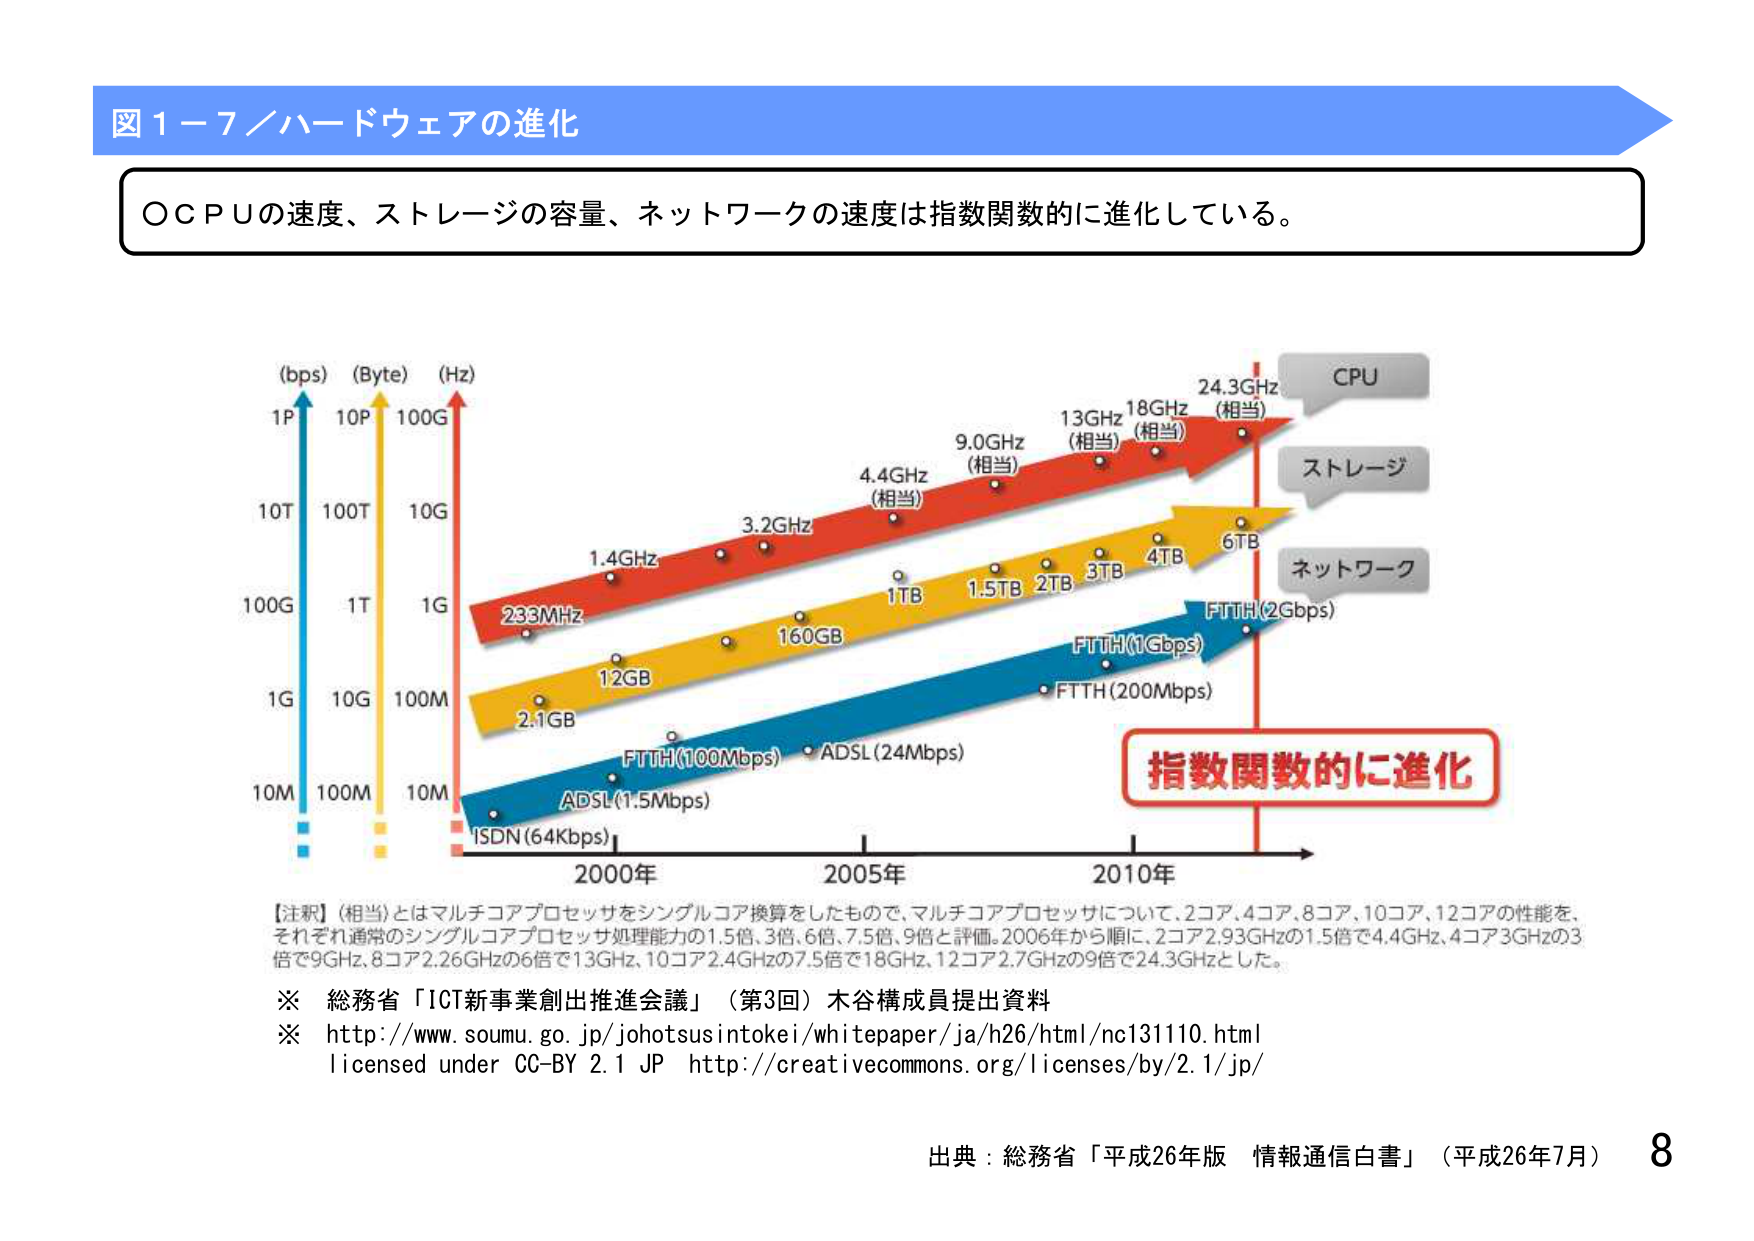
図１－７／ハードウェアの進化

○ＣＰＵの速度、ストレージの容量、ネットワークの速度は指数関数的に進化している。

(bps) (Byte) (Hz)
1P 10P 100G
10T 100T 10G
100G 1T 1G
1G 10G 100M
10M 100M 10M

233MHz
1.4GHz
3.2GHz
4.4GHz (相当)
9.0GHz (相当)
13GHz (相当)
18GHz (相当)
24.3GHz (相当)

2.1GB
12GB
160GB
1TB
1.5TB
2TB
3TB
4TB
6TB

ISDN (64Kbps)
ADSL (1.5Mbps)
FTTH (100Mbps)
ADSL (24Mbps)
FTTH (200Mbps)
FTTH (1Gbps)
FTTH (2Gbps)

CPU
ストレージ
ネットワーク

指数関数的に進化

【注釈】（相当）とはマルチコアプロセッサをシングルコア換算をしたもので、マルチコアプロセッサについて、2コア、4コア、8コア、10コア、12コアの性能を、それぞれ通常のシングルコアプロセッサ処理能力の1.5倍、3倍、6倍、7.5倍、9倍と評価。2006年から順に、2コア2.93GHzの1.5倍で4.4GHz、4コア3GHzの3倍で9GHz、8コア2.26GHzの6倍で13GHz、10コア2.4GHzの7.5倍で18GHz、12コア2.7GHzの9倍で24.3GHzとした。

※ 総務省「ICT新事業創出推進会議」（第3回）木谷構成員提出資料
※ http://www.soumu.go.jp/johotsusintokei/whitepaper/ja/h26/html/nc131110.html
licensed under CC-BY 2.1 JP http://creativecommons.org/licenses/by/2.1/jp/

出典：総務省「平成26年版 情報通信白書」（平成26年7月） 8